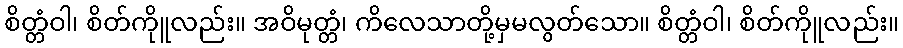
စိတ္တံဝါ၊ စိတ်ကိုူလည်း။ အဝိမုတ္တံ၊ ကိလေသာတို့မှမလွတ်သော။ စိတ္တံဝါ၊ စိတ်ကိုူလည်း။